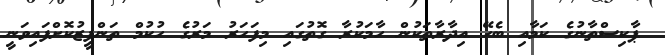
ޕާކިސްތާނުގެ ކަމާއި ބެހޭ އިދާރާތަކުން ހާމަކުރާ ގޮތުގައި މިފަހަރު މަރުގެ ހުކުމް ތަންފީޒުކޮށްފައިވަނީ